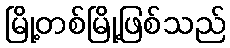
မြို့တစ်မြို့ဖြစ်သည်